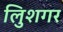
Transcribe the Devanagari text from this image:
लुिशगर